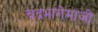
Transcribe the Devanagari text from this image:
चंद्रभागेमाजीं